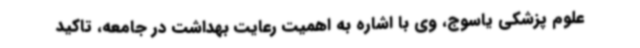
علوم پزشکی یاسوج، وی با اشاره به اهمیت رعایت بهداشت در جامعه، تاکید